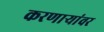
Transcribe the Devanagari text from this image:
करणाऱ्यांवर